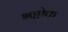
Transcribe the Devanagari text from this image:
भट्टोक्त